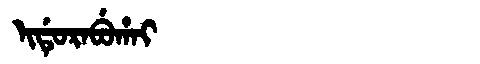
Manchu: ᡳᡩᡠᡵᠠᠪᡠᡥᠠᡳ
Romanization: IDURABUHAI